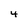
Character: 4